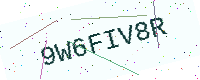
Text: 9W6FIV8R